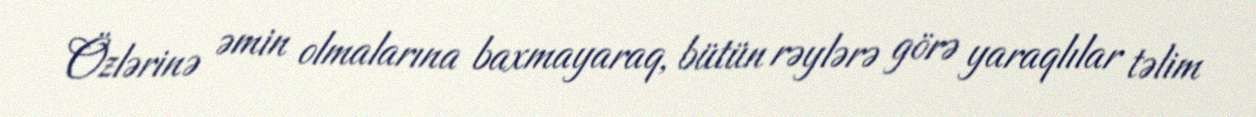
Özlərinə əmin olmalarına baxmayaraq, bütün rəylərə görə yaraqlılar təlim